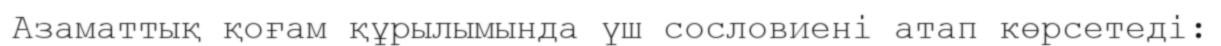
Азаматтық қоғам құрылымында үш сословиені атап көрсетеді: